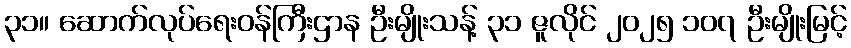
၃၁။ ဆောက်လုပ်ရေးဝန်ကြီးဌာန ဦးမျိုးသန့် ၃၁ ဇူလိုင် ၂၀၂၅ ၁၀၇ ဦးမျိုးမြင့်